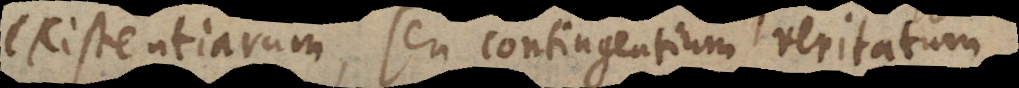
existentiarum, seu contingentium veritatum